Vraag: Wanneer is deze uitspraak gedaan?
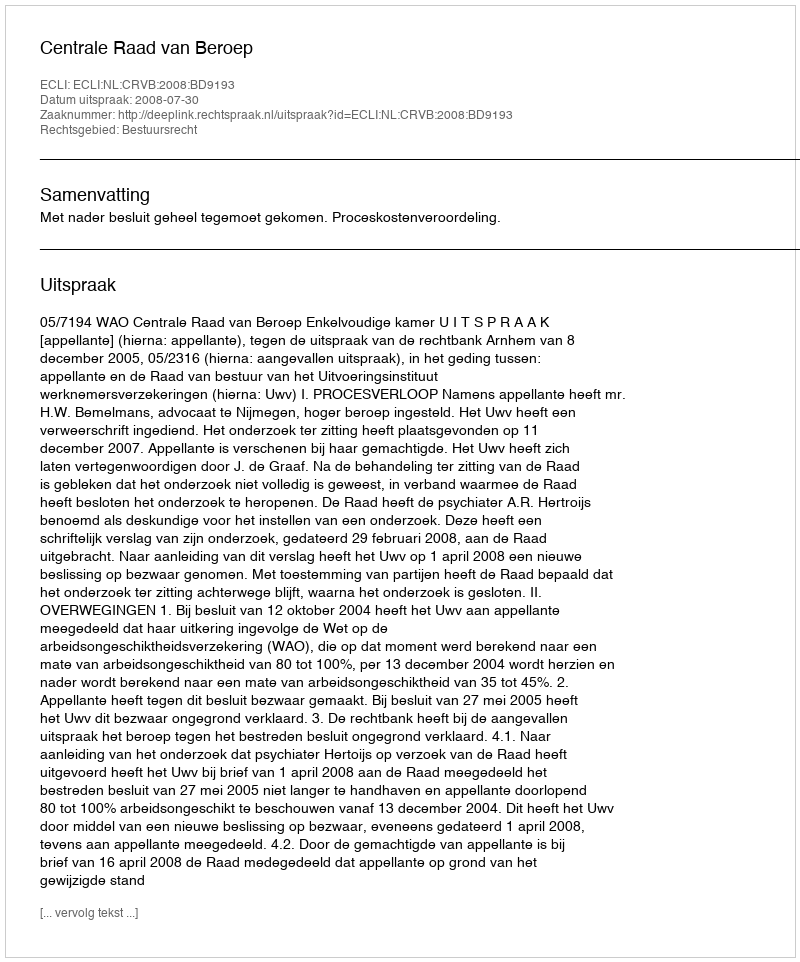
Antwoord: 2008-07-30